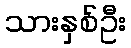
သားနှစ်ဦး